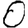
Digit: 0